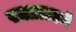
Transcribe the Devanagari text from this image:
रक्तात्मने